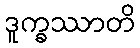
ဒူက္ခဿာတိ